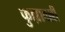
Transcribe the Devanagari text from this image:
फुल्लावल्ली